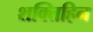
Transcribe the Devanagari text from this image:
शक्तिहिन